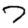
Digit: 7